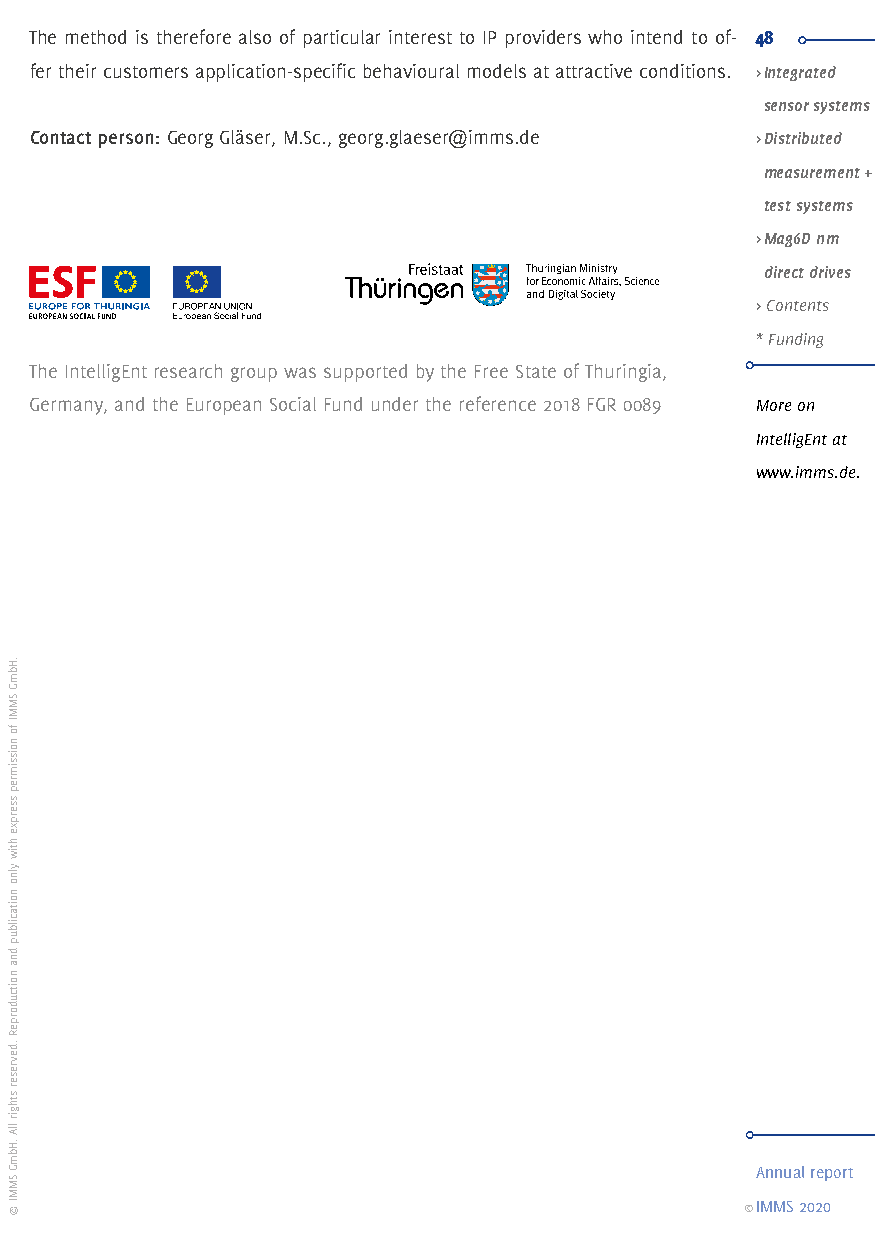
The method is therefore also of particular interest to IP providers who intend to of- 48
 fer their customers application-specific behavioural models at attractive conditions. > Integrated
 sensor systems
 Contact person: Georg Gläser, M.Sc., georg.glaeser@imms.de > Distributed
 measurement +
 This project is co-fi nanced by the European Union (EFRE) and the Free State of test systems
 Thuringia (Thuringian Ministry for Economic Affairs, Science and Digital Society).
 > Mag6D nm
 direct drives
 > Contents
 * Funding
 The IntelligEnt research group was supported by the Free State of Thuringia,
 Germany, and the European Social Fund under the reference 2018 FGR 0089 More on
 IntelligEnt at
 www.imms.de.
 Annual report
 ©IMMS 2020
 .HbmG
 SMMI
 fo
 noissimrep
 sserpxe
 htiw
 ylno
 noitacilbup
 dna
 noitcudorpeR
 .devreser
 sthgir
 llA
 .HbmG
 SMMI
 ©